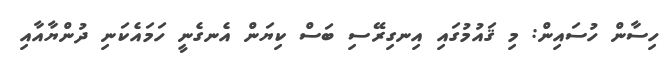
ހިސާން ހުސައިން: މި ޤައުމުގައި އިނގިރޭސި ބަސް ކިޔަން އެނގެނީ ހަމައެކަނި ދުންޔާއާއި